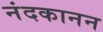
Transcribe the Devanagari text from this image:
नंदकानन